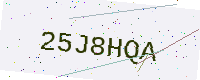
Text: 25J8HQA